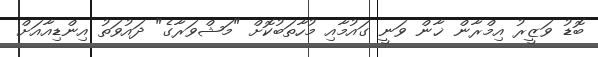
ބޮޑު ވަޒީރު އިމްރާން ޚާން ވަނީ ގައުމާއި މުހާތަބުކޮށް "މަޝްވަރާގެ" ދައުވަތު އިންޑިއާއަށް